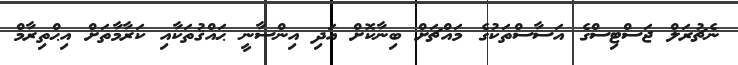
ނެޗުރަލް ޖަސްޓިސްގެ އަސާސްތަކުގެ މައްޗަށް ބިނާކޮށް އަދި އިންސާނީ ޙައްޤުތަކާއި ކަރާމާތަށް އިޙްތިރާމް